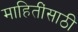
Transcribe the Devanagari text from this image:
माहितींसाठी